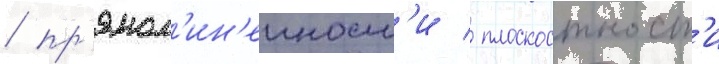
/ пр'ямол'ин'еиност'и / плоскостност'и